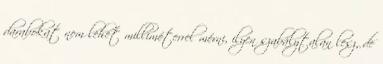
darabokat nem lehet milliméterrel mérni, ilyen szabálytalan lesz, de